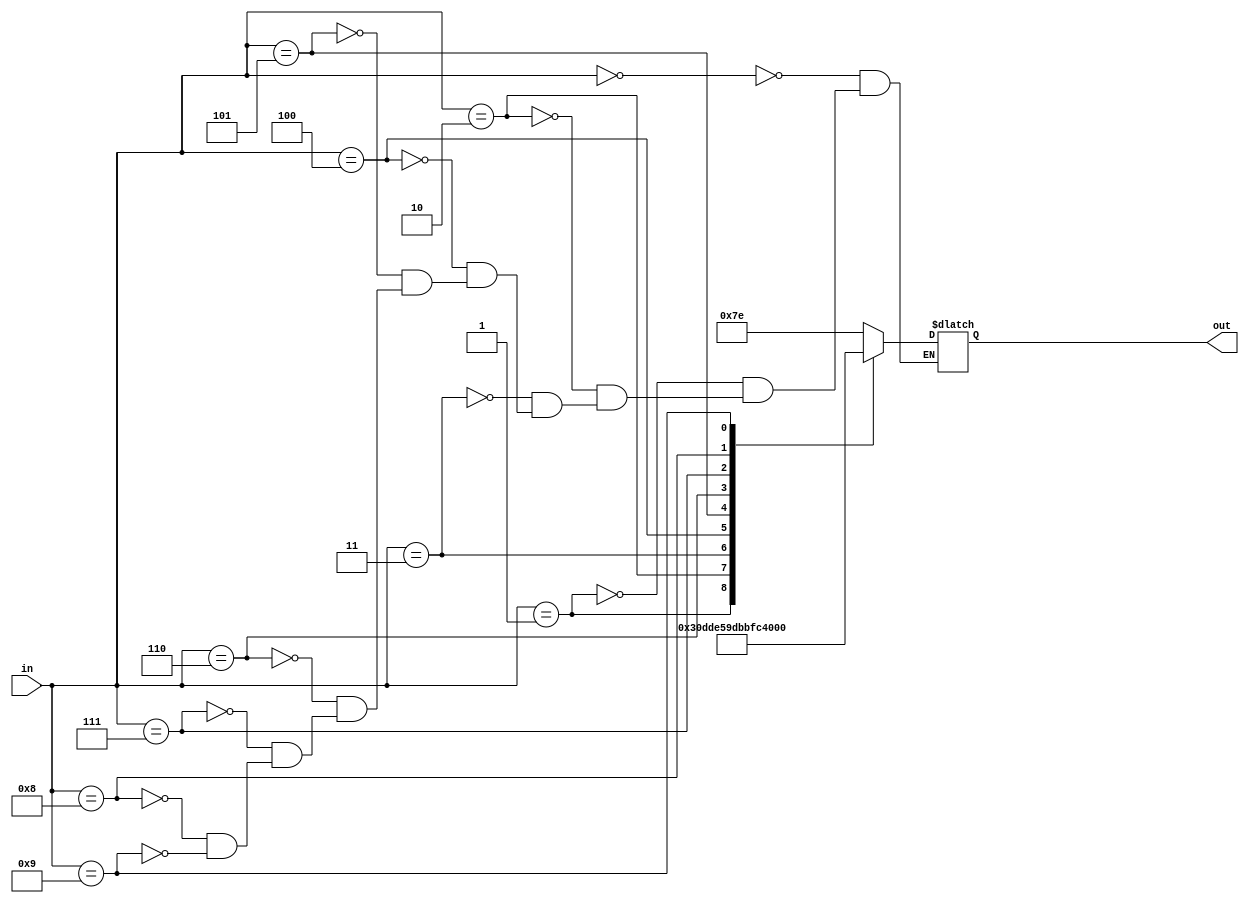
module BCD_Seven_segment(in,out);
    input [3:0] in;
    output [6:0] out;
    reg [6:0] out;
    always @(in)
    begin
        case(in)
            4'b 0000 : out = 7'b 1111110;
            4'b 0001 : out = 7'b 0110000;
            4'b 0010 : out = 7'b 1101110;
            4'b 0011 : out = 7'b 1111001;
            4'b 0100 : out = 7'b 0110011;
            4'b 0101 : out = 7'b 1011011;
            4'b 0110 : out = 7'b 1011111;
            4'b 0111 : out = 7'b 1110000;
            4'b 1000 : out = 7'b 1111111;
            4'b 1001 : out = 7'b 1111011;
    endcase
end
endmodule